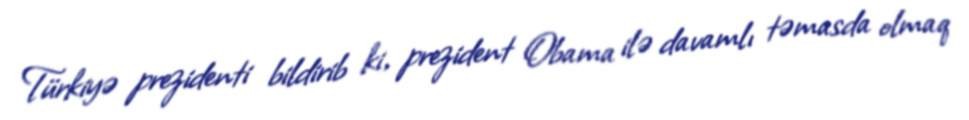
Türkiyə prezidenti bildirib ki, prezident Obama ilə davamlı təmasda olmaq